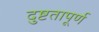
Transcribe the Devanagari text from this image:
दुष्टतापूर्ण